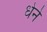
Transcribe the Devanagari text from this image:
धेने